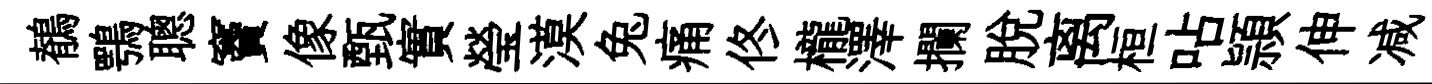
鶺鶚聰竇像甄實瑩漠兔痛佟櫳澤攔脫离桓呫頴伸减